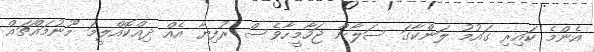
އެންމެ ކައިރި ގައުމު ލަންކާގަ ސަލާން ޖަހާމީހާވެސް ރުފިޔާ އެއް ދިއްކޮއްލީމަ މޫނުމައްޗައް